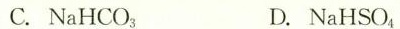
C.NaHCO_{3} D.NaHSO_{4}